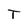
Character: T